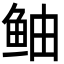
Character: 鲉